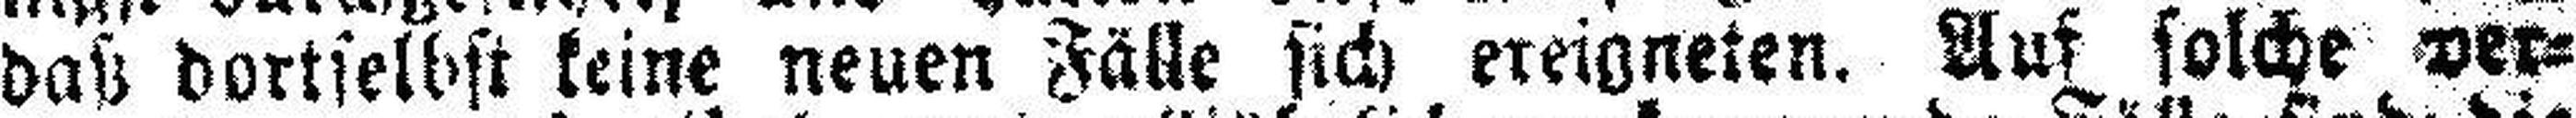
daß dortselbst keine neuen Fälle sich ereigneten. Auf solche ver¬